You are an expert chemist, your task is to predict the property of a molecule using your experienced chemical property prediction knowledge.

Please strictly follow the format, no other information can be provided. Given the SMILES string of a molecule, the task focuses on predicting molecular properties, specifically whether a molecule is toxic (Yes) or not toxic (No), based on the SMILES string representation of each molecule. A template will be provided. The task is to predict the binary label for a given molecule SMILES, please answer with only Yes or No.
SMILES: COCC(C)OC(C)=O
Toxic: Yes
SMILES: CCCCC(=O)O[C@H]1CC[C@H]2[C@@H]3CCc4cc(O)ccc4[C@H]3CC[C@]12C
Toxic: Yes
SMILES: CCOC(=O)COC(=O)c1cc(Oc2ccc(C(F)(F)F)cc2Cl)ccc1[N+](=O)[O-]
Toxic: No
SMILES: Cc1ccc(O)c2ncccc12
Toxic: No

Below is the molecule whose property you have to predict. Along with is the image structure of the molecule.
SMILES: O=S(=O)([O-])[O-].[Li+].[Li+]
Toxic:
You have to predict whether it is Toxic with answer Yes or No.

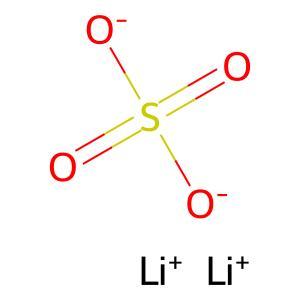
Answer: No